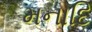
મનાદિ